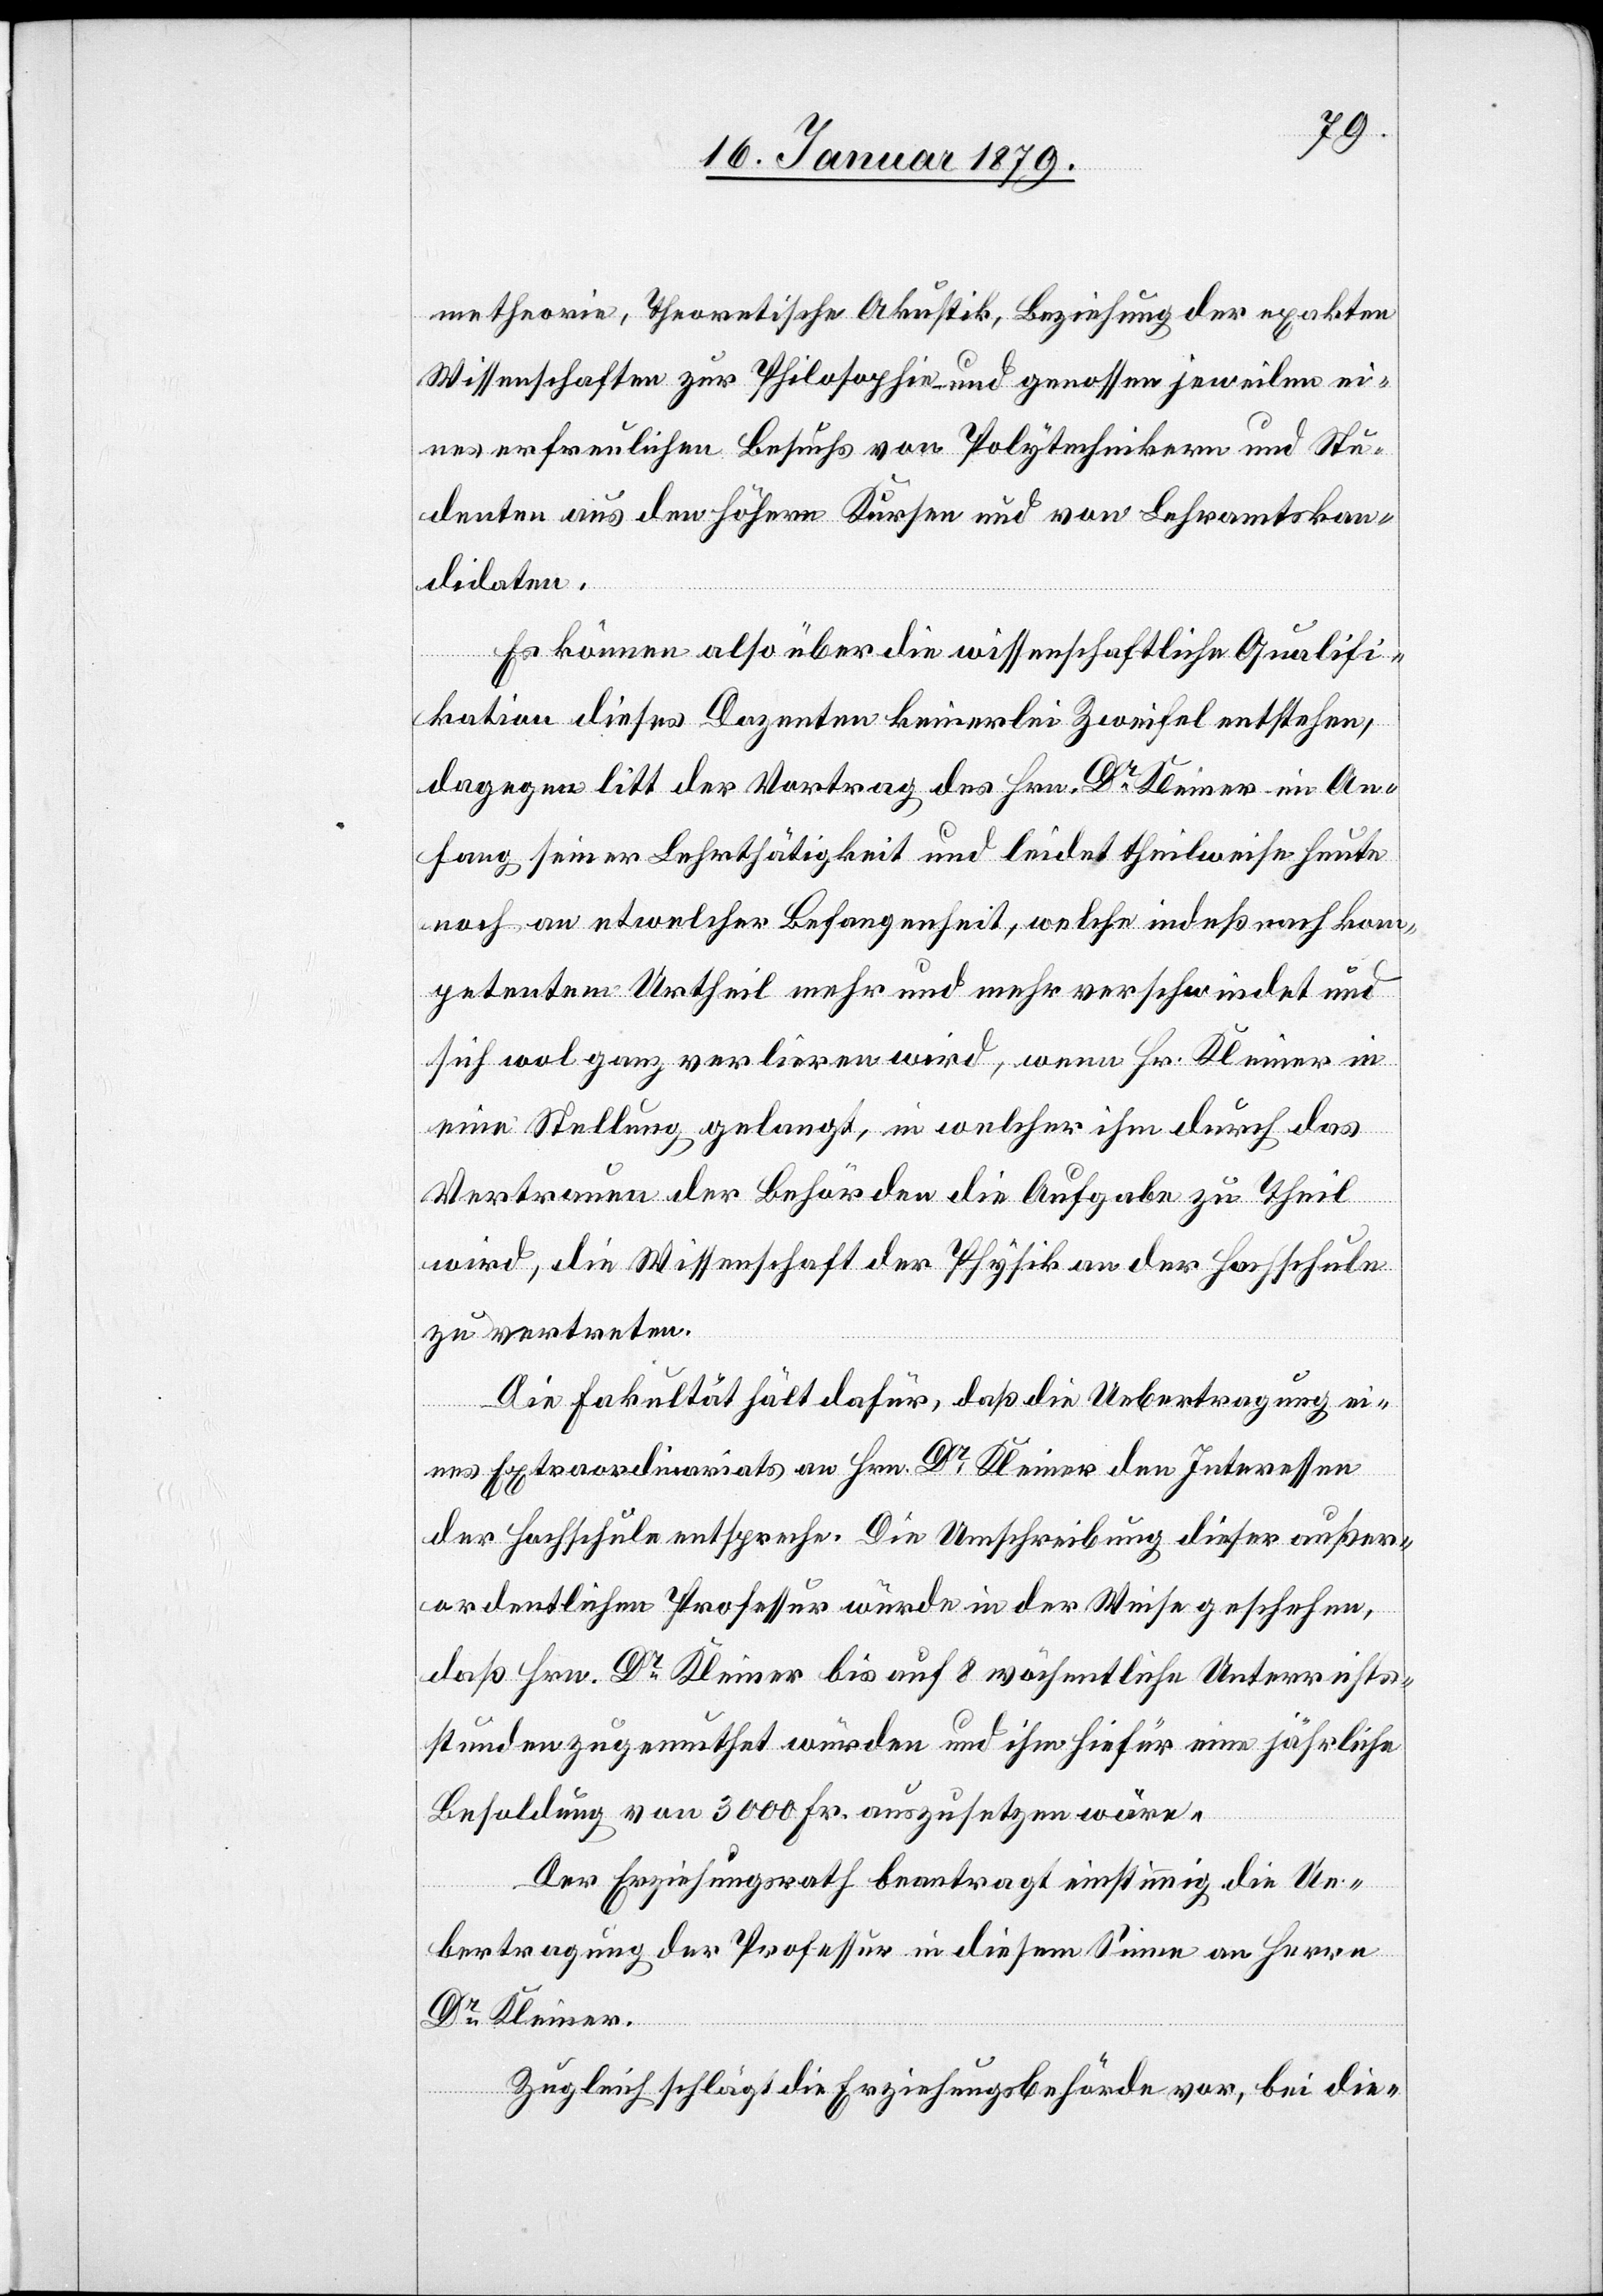
metheorie, Theoretische Akustik, Beziehung der exakten
Wissenschaften zur Philosophie – und genossen jeweilen ei¬
nes erfreulichen Besuchs von Polytechnikern und Stu¬
denten aus den höhern Kursen und von Lehramtskan¬
didaten.
Es können also über die wissenschaftlichen Qualifi¬
kationen dieses Dozenten keinerlei Zweifel entstehen,
dagegen litt der Vortrag des Hrn. Dr Kleiner im An¬
fang seiner Lehrtätigkeit und leidet theilweise heute
noch an etwelcher Befangenheit, welche indeß nach kom¬
petentem Urtheil mehr und mehr verschwindet und
sich wol ganz verlieren wird, wenn Hr. Kleiner in
eine Stellung gelangt, in welcher ihm durch das
Vertrauen der Behörden die Aufgabe zu Theil
wird, die Wissenschaft der Physik an der Hochschule
zu vertreten.
Die Fakultät hält dafür, daß die Uebertragung ei¬
nes Extraordinariats an Hrn. Dr Kleiner den Interessen
der Hochschule enstpreche. Die Umschreibung dieser außer¬
ordentlichen Professur würde in der Weise geschehen,
daß Hrn. Dr Kleiner bis auf 8 wöchentliche Unterrichts¬
stunden zugemuthet würden und ihm hiefür eine jährliche
Besoldung von 3000 Fr. auszusetzen wäre.
Der Erziehungsrath beantragt einstimmig die Ue¬
bertragung der Professur in diesem Sinne an Herrn
Dr Kleiner.
Zugleich schlägt die Erziehungsbehörde vor, bei die-